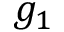
g _ { 1 }